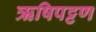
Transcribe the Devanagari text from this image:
ऋषिपट्टण